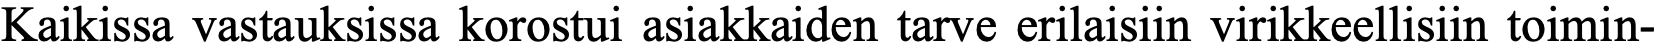
Kaikissa vastauksissa korostui asiakkaiden tarve erilaisiin virikkeellisiin toimin-